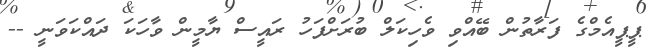
ޕީޕީއެމްގެ ފަރާތުން ބޭއްވި ވެހިކަލް ބުރަށްފަހު ރައީސް ޔާމީން ވާހަކަ ދައްކަވަނީ --